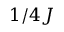
1 / 4 J